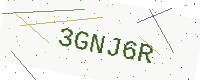
Text: 3GNJ6R